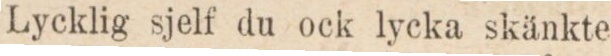
Lycklig sjelf du ock lycka skänkte